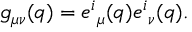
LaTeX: g _ { \mu \nu } ( q ) = { e ^ { i } } _ { \mu } ( q ) { e ^ { i } } _ { \nu } ( q ) .